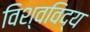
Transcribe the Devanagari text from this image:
विश्वविद्य